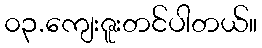
၀၃.ကျေးဇူးတင်ပါတယ်။